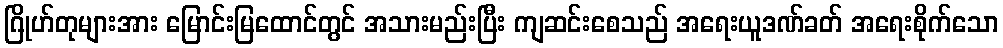
ဂြိုဟ်တုများအား မြောင်းမြထောင်တွင် အသားမည်းပြီး ကျဆင်းစေသည် အရေးယူဒဏ်ခတ် အရေးစိုက်သော